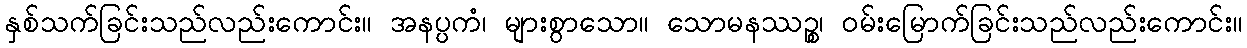
နှစ်သက်ခြင်းသည်လည်းကောင်း။ အနပ္ပကံ၊ များစွာသော။ သောမနဿဉ္စ၊ ဝမ်းမြောက်ခြင်းသည်လည်းကောင်း။